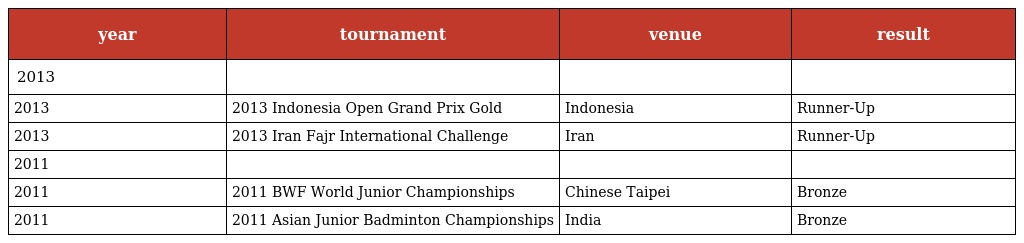
| year | tournament | venue | result |
 | --- | --- | --- | --- |
 | 2013 |  |  |  |
 | 2013 | 2013 Indonesia Open Grand Prix Gold | Indonesia | Runner-Up |
 | 2013 | 2013 Iran Fajr International Challenge | Iran | Runner-Up |
 | 2011 |  |  |  |
 | 2011 | 2011 BWF World Junior Championships | Chinese Taipei | Bronze |
 | 2011 | 2011 Asian Junior Badminton Championships | India | Bronze |